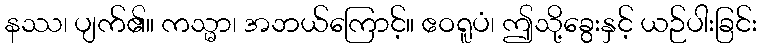
နဿ၊ ပျက်၏။ ကသ္မာ၊ အဘယ်ကြောင့်။ ဧဝရူပံ၊ ဤသို့ခွေးနှင့် ယဉ်ပါးခြင်း